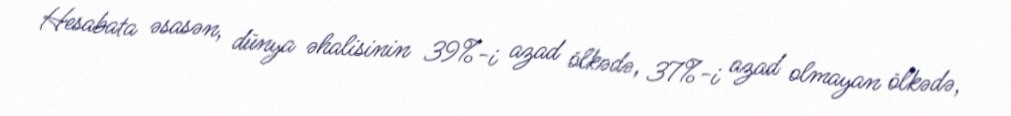
Hesabata əsasən, dünya əhalisinin 39%-i azad ölkədə, 37%-i azad olmayan ölkədə,